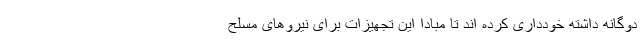
دوگانه داشته خودداری کرده اند تا مبادا این تجهیزات برای نیرو‌های مسلح